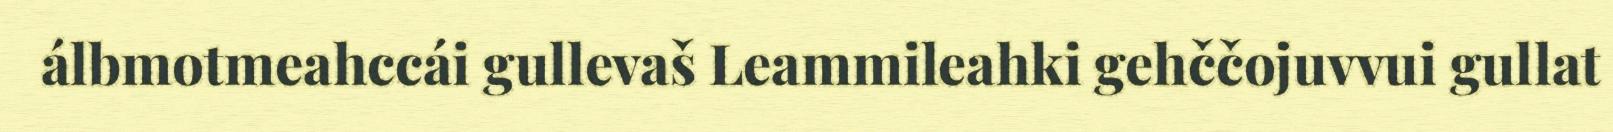
álbmotmeahccái gullevaš Leammileahki gehččojuvvui gullat